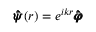
\pmb { \hat { \psi } } ( r ) = e ^ { i k r } \pmb { \hat { \varphi } }